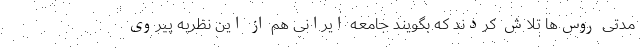
مدتی روس‌ها تلاش کردند که بگویند جامعه ایرانی هم از این نظریه پیروی